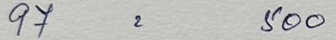
97 = 500